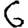
Digit: 6